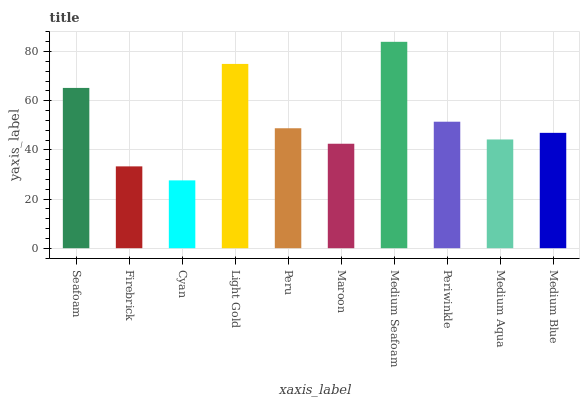
| xaxis_label | bars |
 | --- | --- |
 | Seafoam | 65.2 |
 | Firebrick | 33.3 |
 | Cyan | 27.6 |
 | Light Gold | 75 |
 | Peru | 48.8 |
 | Maroon | 42.5 |
 | Medium Seafoam | 84 |
 | Periwinkle | 51.5 |
 | Medium Aqua | 44.2 |
 | Medium Blue | 46.9 |